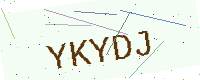
Text: YKYDJ